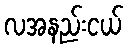
လအနည်းငယ်